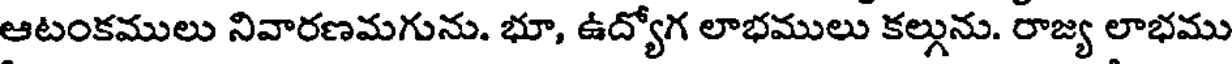
ఆటంకములు నివారణమగును. భూ, ఉద్యోగ లాభములు కల్గును. రాజ్య లాభము